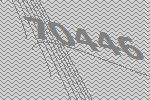
70446